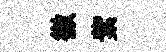
徹紫